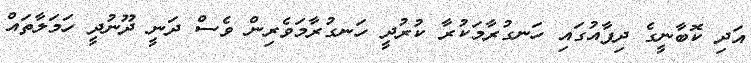
އަދި ކޮބާނީގެ ދިފާއުގައި ހަނގުރާމަކުރާ ކުރުދީ ހަނގުރާމަވެރިން ވެސް ދަނީ ދޫނުދީ ހަމަލާތައް